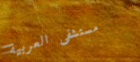
مستشفى العربية